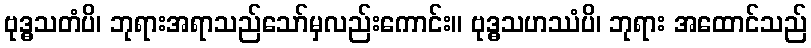
ဗုဒ္ဓသတံပိ၊ ဘုရားအရာသည်သော်မှလည်းကောင်း။ ဗုဒ္ဓသဟဿံပိ၊ ဘုရား အထောင်သည်